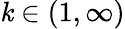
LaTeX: \mathit{k}\in(1,\infty)